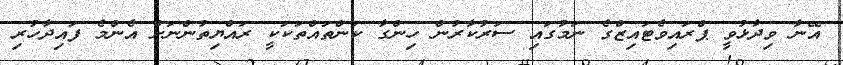
އޭނާ ވިދާޅުވީ ޕްރައިވެޓައިޒްގެ ނަމުގައި ސަރުކާރުން ހިންގާ ކަންތައްތަކަކީ ރައްޔިތުންނަށް އެންމެ ފައިދާހުރި